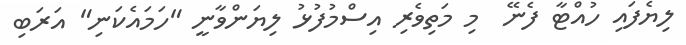
ލިޔެފައި ހުއްޓާ ފެނޭ  މި މަތިވެރި އިސްމުފުޅު ލިޔަންވާނީ "ހަމައެކަނި" އަރަބި